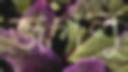
জগলু